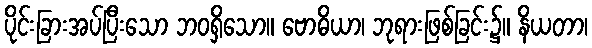
ပိုင်းခြားအပ်ပြီးသော ဘဝရှိသော။ ဗောဓိယာ၊ ဘုရားဖြစ်ခြင်း၌။ နိယတာ၊